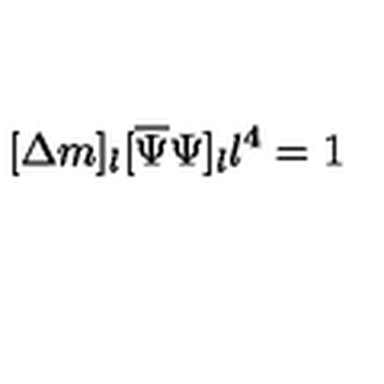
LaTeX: [ \Delta m ] _ { l } [ \overline { { \Psi } } \Psi ] _ { l } l ^ { 4 } = 1